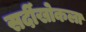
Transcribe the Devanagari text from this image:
सर्दीखोकला